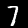
Label: 7